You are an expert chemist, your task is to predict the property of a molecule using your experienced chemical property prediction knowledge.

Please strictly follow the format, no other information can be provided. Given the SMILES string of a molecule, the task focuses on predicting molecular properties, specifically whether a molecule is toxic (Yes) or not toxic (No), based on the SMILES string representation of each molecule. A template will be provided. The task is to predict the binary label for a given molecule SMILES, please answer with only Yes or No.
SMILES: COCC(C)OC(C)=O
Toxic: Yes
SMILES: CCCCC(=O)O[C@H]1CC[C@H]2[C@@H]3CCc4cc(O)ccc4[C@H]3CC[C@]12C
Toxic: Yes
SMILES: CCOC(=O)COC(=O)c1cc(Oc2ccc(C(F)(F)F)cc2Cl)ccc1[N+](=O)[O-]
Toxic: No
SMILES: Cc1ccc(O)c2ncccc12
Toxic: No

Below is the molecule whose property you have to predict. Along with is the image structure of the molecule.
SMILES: Cc1cnc(C2=NC(=O)C(C)(C(C)C)N2)c(C(=O)O)c1
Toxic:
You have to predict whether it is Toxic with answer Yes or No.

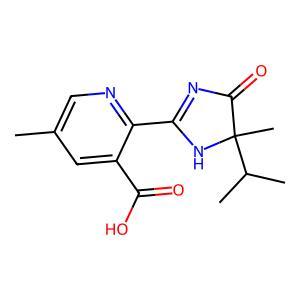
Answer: No